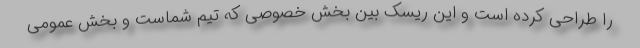
را طراحی کرده است و این ریسک بین بخش خصوصی که تیم شماست و بخش عمومی